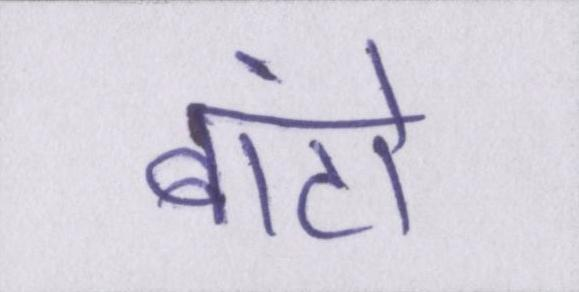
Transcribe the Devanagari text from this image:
बांटो